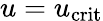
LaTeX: u=u_{\mathrm{crit}}